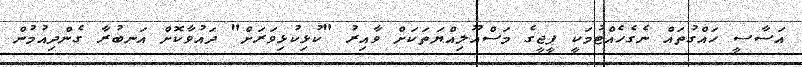
އަސާސީ ހައްގުތައް ނެގެހެއްޓުމަކީ ޕީޖީގެ މަސްއޫލިއްޔަތަކަށް ވާއިރު "ކުޅިކުޅިވަރަށް" ދައުވާކޮށް އަނބުރާ ގެންދިއުމުން